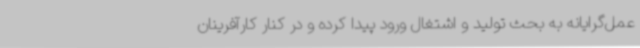
عمل‌گرایانه به بحث تولید و اشتغال ورود پیدا کرده و در کنار کارآفرینان